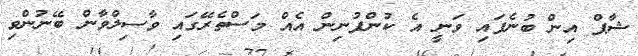
ޝާޕް އިން ބުނެފައި ވަނީ އެ ކުންފުނިން އެއް މަސްތެރޭގައި ވާސިލްވާން ބޭނުންވި